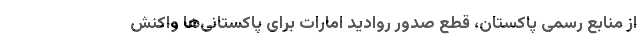
از منابع رسمی پاکستان، قطع صدور روادید امارات برای پاکستانی‌ها واکنش